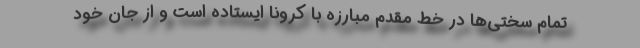
تمام سختی‌‌ها در خط مقدم مبارزه با کرونا ایستاده است و از جان خود